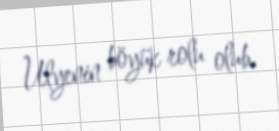
Ulyenin böyük rolu olub.